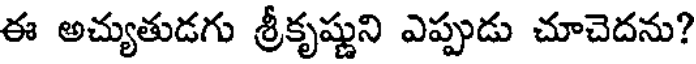
ఈ అచ్యుతుడగు శ్రీకృష్ణుని ఎప్పుడు చూచెదను?